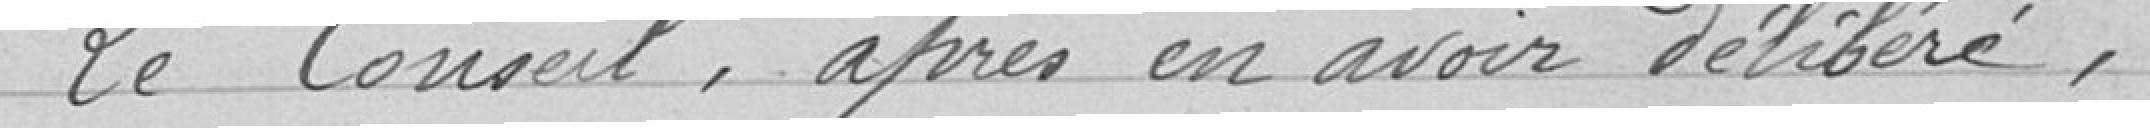
pour arriver à l'installation de ce mode d'éclairage dans le plus brefs délais